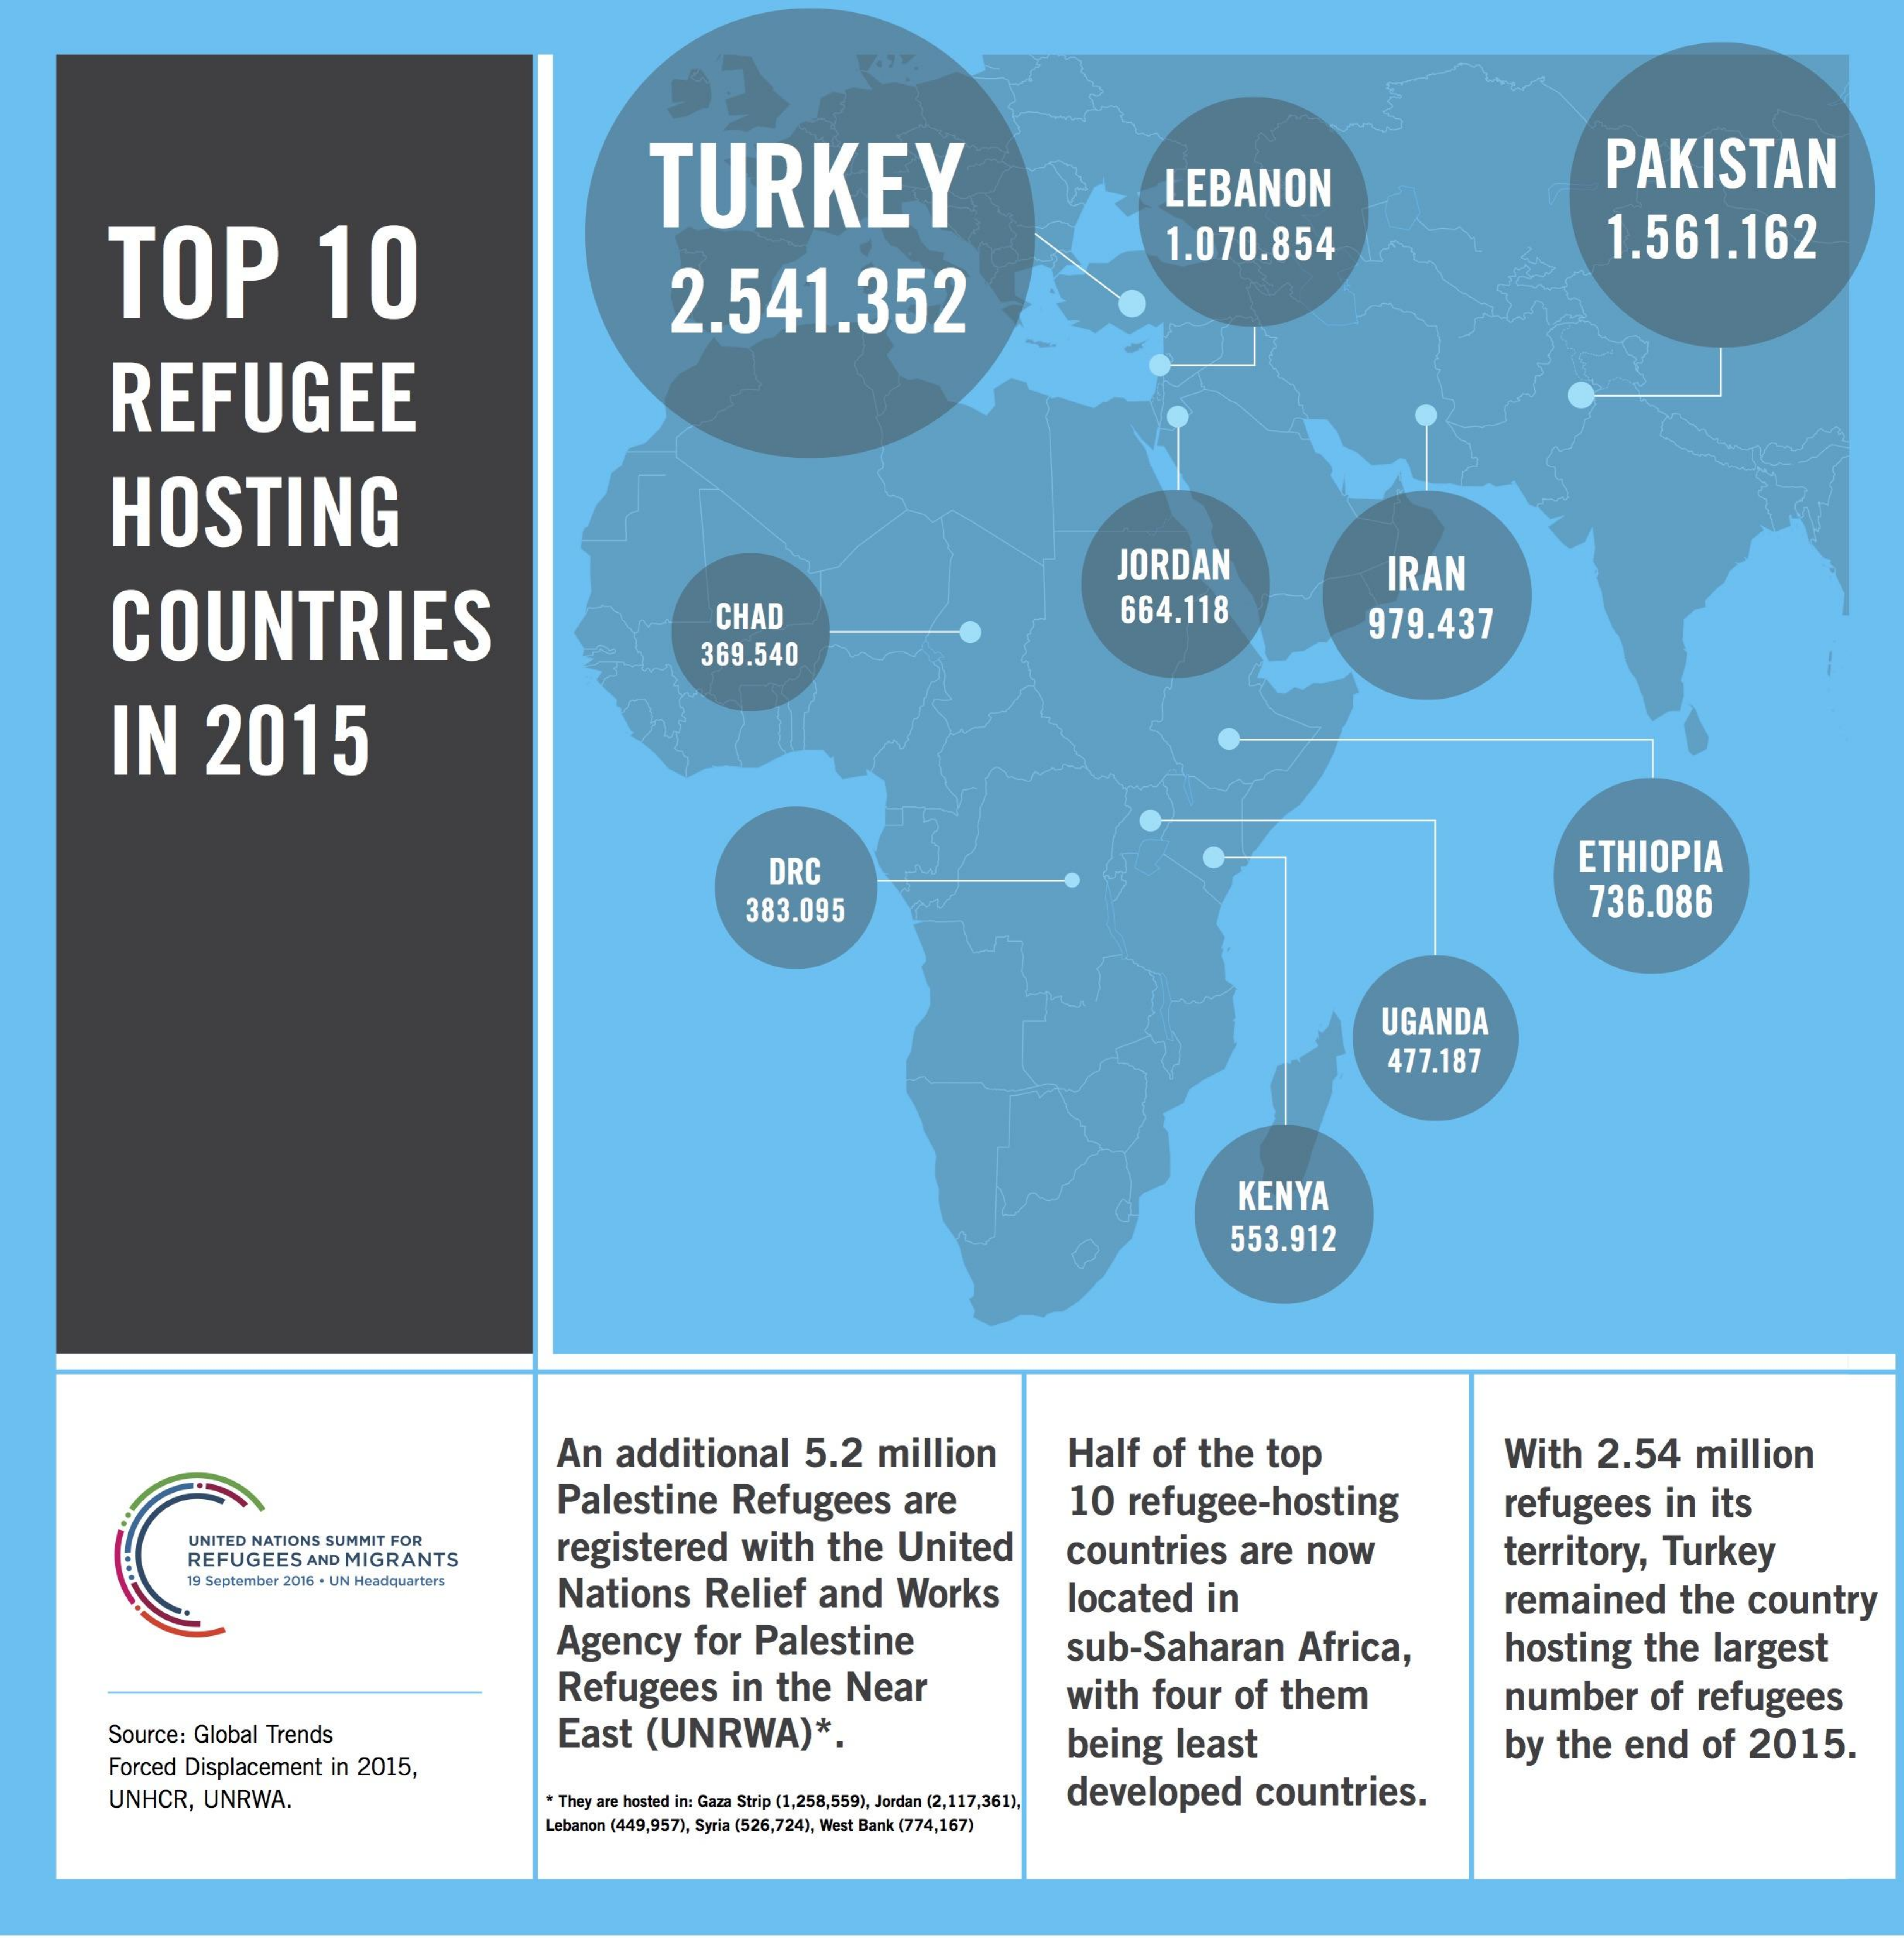
TOP    10
     TURKEY    LEBANON    PAKISTAN
     2.541.352
     1.070.854    1.561.162
     REFUGEE
     HOSTING
     COUNTRIES
     JORDAN    IRAN
     CHAD    664.118    979.437
     369.540
     IN   2015
     DRC    ETHIOPIA
     383.095    736.086
     UGANDA
     477.187
     KENYA
     553.912
     An  additional  5.2  million    Half  of the top    With  2.54  million
     Palestine  Refugees   are    10 refugee-hosting    refugees  in its
     UNITED NATIONS SUMMIT FOR
     REFUGEES AND MIGRANTS   registered  with the  United
     Nations  Relief  and  Works
     countries  are  now    territory, Turkey
     19 September 2016 . UN Headquarters
     located  in
     Agency   for Palestine
     remained   the  country
     Refugees   in the Near
     sub-Saharan    Africa,    hosting  the largest
     East (UNRWA)*
     with  four of them    number    of refugees
     Source: Global Trends
     Forced Displacement in 2015,
     being  least    by the  end  of 2015.
     UNHCR, UNRWA.    * They are hosted in: Gaza Strip (1,258,559), Jordan (2,117,361). developed countries.
     Lebanon (449,957), Syria (526,724), West Bank (774,167)